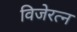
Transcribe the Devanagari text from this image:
विजेरत्न